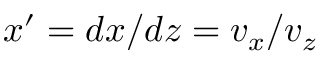
x ^ { \prime } = d x / d z = v _ { x } / v _ { z }